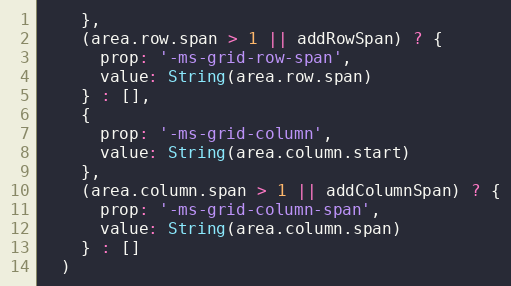
Language: JavaScript
    },
    (area.row.span > 1 || addRowSpan) ? {
      prop: '-ms-grid-row-span',
      value: String(area.row.span)
    } : [],
    {
      prop: '-ms-grid-column',
      value: String(area.column.start)
    },
    (area.column.span > 1 || addColumnSpan) ? {
      prop: '-ms-grid-column-span',
      value: String(area.column.span)
    } : []
  )